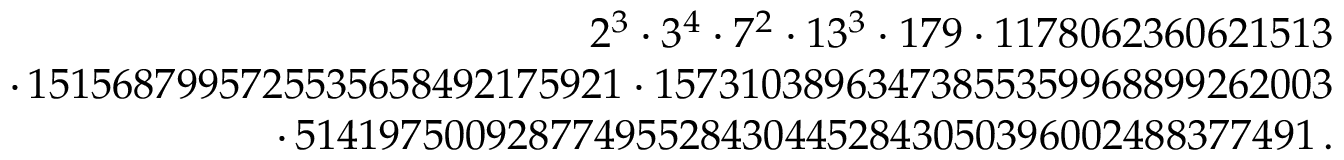
\begin{array} { r } { 2 ^ { 3 } \cdot 3 ^ { 4 } \cdot 7 ^ { 2 } \cdot 1 3 ^ { 3 } \cdot 1 7 9 \cdot 1 1 7 8 0 6 2 3 6 0 6 2 1 5 1 3 } \\ { \cdot \, 1 5 1 5 6 8 7 9 9 5 7 2 5 5 3 5 6 5 8 4 9 2 1 7 5 9 2 1 \cdot 1 5 7 3 1 0 3 8 9 6 3 4 7 3 8 5 5 3 5 9 9 6 8 8 9 9 2 6 2 0 0 3 } \\ { \cdot \, 5 1 4 1 9 7 5 0 0 9 2 8 7 7 4 9 5 5 2 8 4 3 0 4 4 5 2 8 4 3 0 5 0 3 9 6 0 0 2 4 8 8 3 7 7 4 9 1 \, . } \end{array}